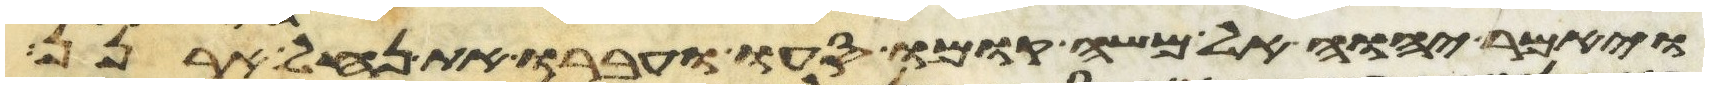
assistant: ויאמר יהוה אל משה קומו סעו ועברו את נחל ארנן